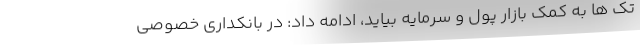
تک ها به کمک بازار پول و سرمایه بیاید، ادامه داد: در بانکداری خصوصی